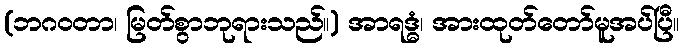
(ဘဂဝတာ၊ မြတ်စွာဘုရားသည်။) အာရဒ္ဓံ၊ အားထုတ်တော်မူအပ်ပြီ။